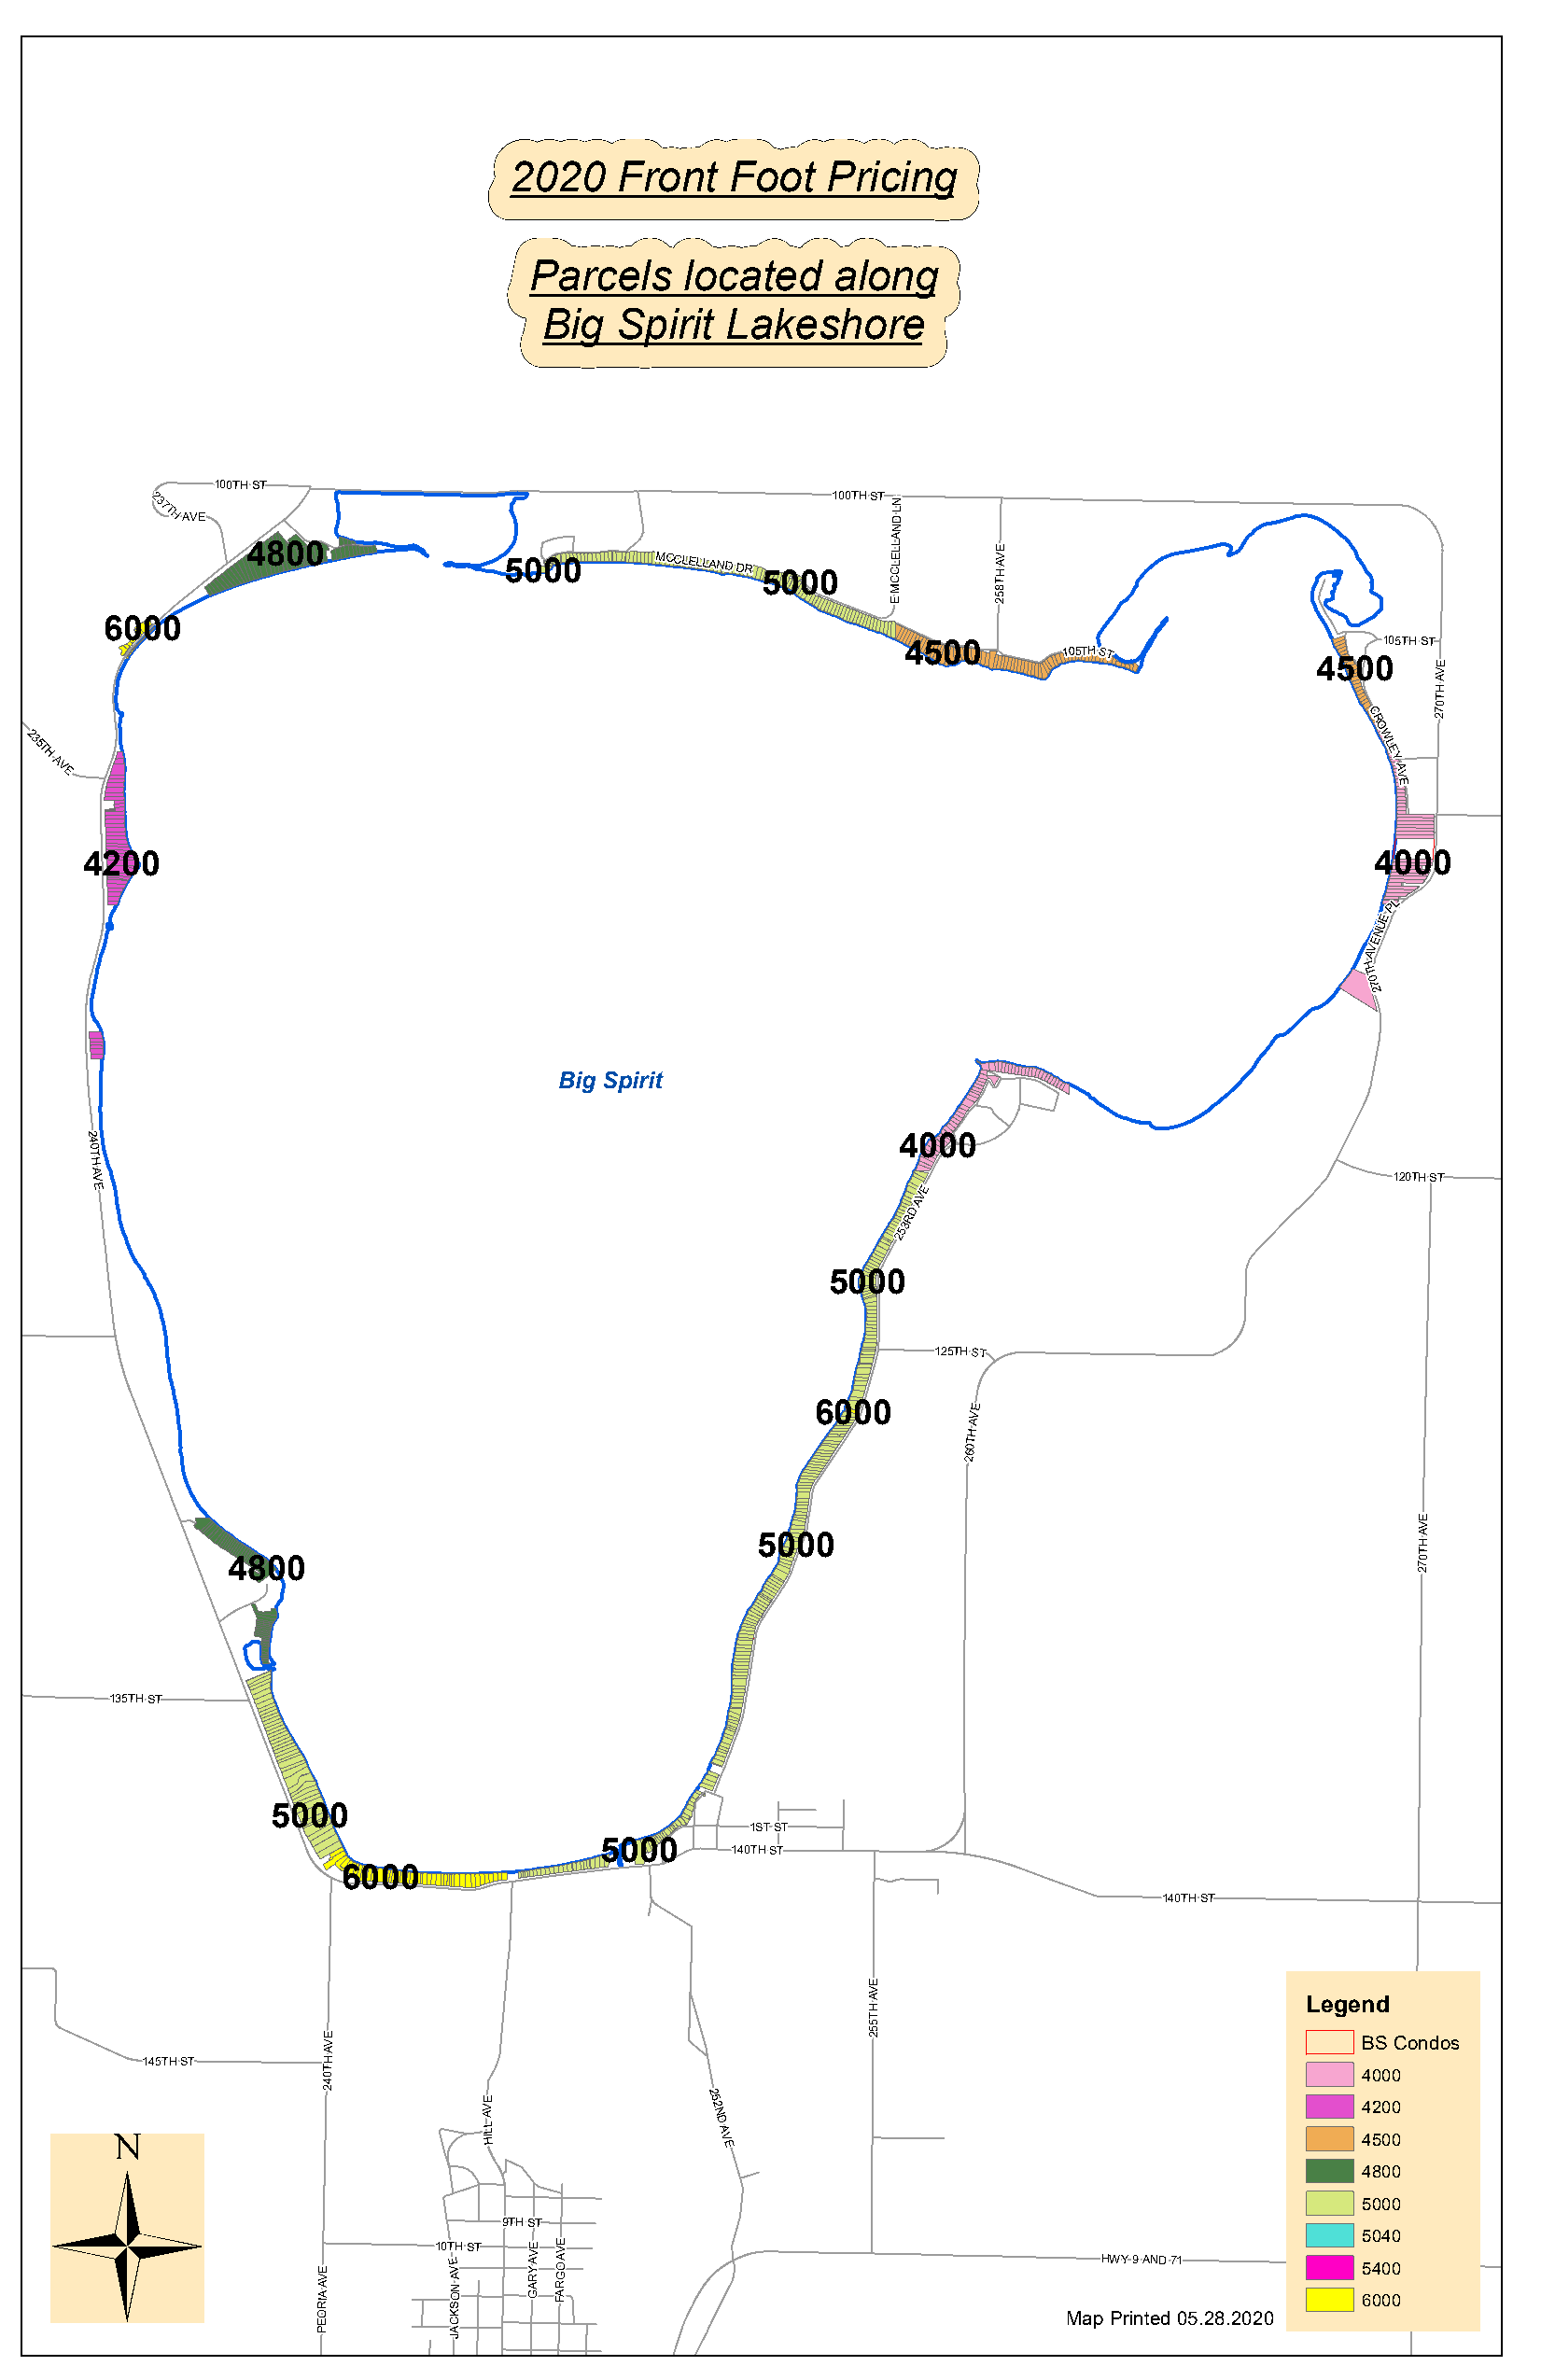
2020    Front   Foot   Pricing
 Parcels    located    along
 Big   Spirit Lakeshore
 100TH ST
 237THAVE                                         100TH ST
 D
 LN
 N
 A
 4800                                          LL      E
 5000
 MCCLELLANDDR     CLE
 H
 AV
 5000     C       T
 M       8
 E       25
 6000
 4500       105THST           4500105TH ST
 E
 V
 A
 H
 T
 0
 C
 R
 27
 O
 235TH
 AVE
 W
 LE
 Y A
 V
 E
 4200                                                                                       4000
 PL
 E
 U
 N
 E
 V
 A
 H
 T
 0
 72
 Big Spirit
 2
 4                                                         4000
 0
 T
 H
 A V                                                                                          120THST
 E                                                          E
 V
 A
 D
 R
 253
 5000
 125THST
 6000       E
 V
 A
 H
 T
 0
 6
 2
 E
 V
 A
 5000                                           H
 T
 0
 4800                                                                                 7
 2
 135TH ST
 5000
 1ST ST
 5000     140TH ST
 6000
 140TH ST
 E
 V
 A
 H                              Legend
 T
 5
 E                                      25
 V                                                                         BS Condos
 A
 145TH ST     TH
 0                                                                         4000
 4
 2
 E               25
 V               2                                              4200
 Ü                             LA
 L
 N D
 A
 IH               V
 E
 4500
 4800
 5000
 9TH ST
 VE
 10T
 E V
 AH ST
 RY
 AVE
 GO
 AVE
 HWY9AND71
 5 50 44 00
 0
 RIA
 A        SN
 O
 GA FAR
 6000
 EO       K C                                         Map Printed 05.28.2020
 P        A
 J